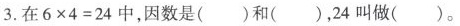
3.在6 \times 4=24中，因数是()和()，24叫做()。